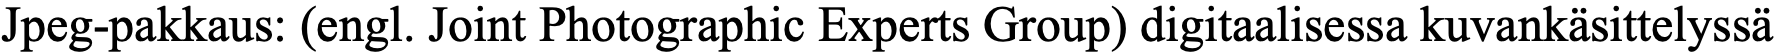
Jpeg-pakkaus: (engl. Joint Photographic Experts Group) digitaalisessa kuvankäsittelyssä